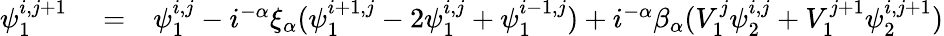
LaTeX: \begin{array}{rlr}{\psi_{1}^{i,j+1}}&{{}=}&{\psi_{1}^{i,j}-i^{-\alpha}\xi_{\alpha}(\psi_{1}^{i+1,j}-2\psi_{1}^{i,j}+\psi_{1}^{i-1,j})+i^{-\alpha}\beta_{\alpha}(V_{1}^{j}\psi_{2}^{i,j}+V_{1}^{j+1}\psi_{2}^{i,j+1})}\end{array}